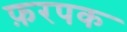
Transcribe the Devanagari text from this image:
फ़रपक